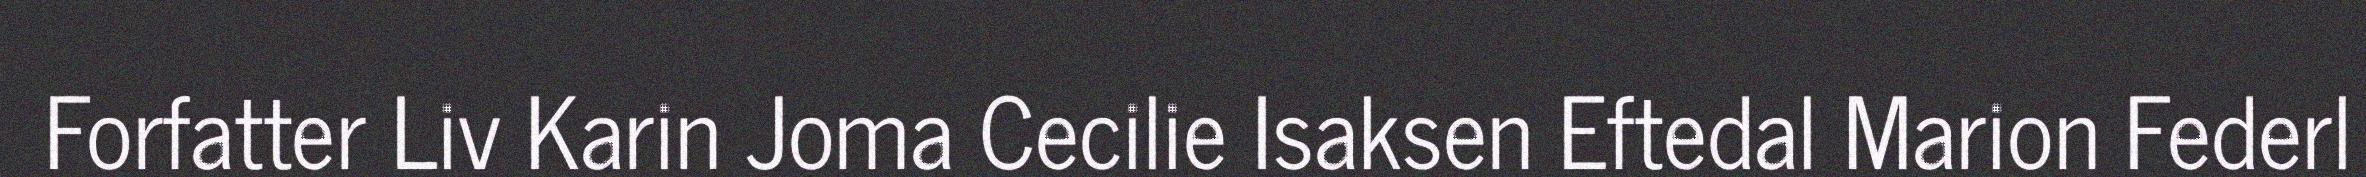
Forfatter Liv Karin Joma Cecilie Isaksen Eftedal Marion Federl